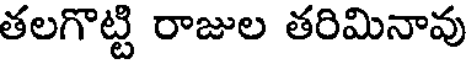
తలగొట్టి రాజుల తరిమినావు